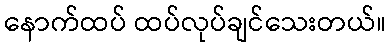
နောက်ထပ် ထပ်လုပ်ချင်သေးတယ်။